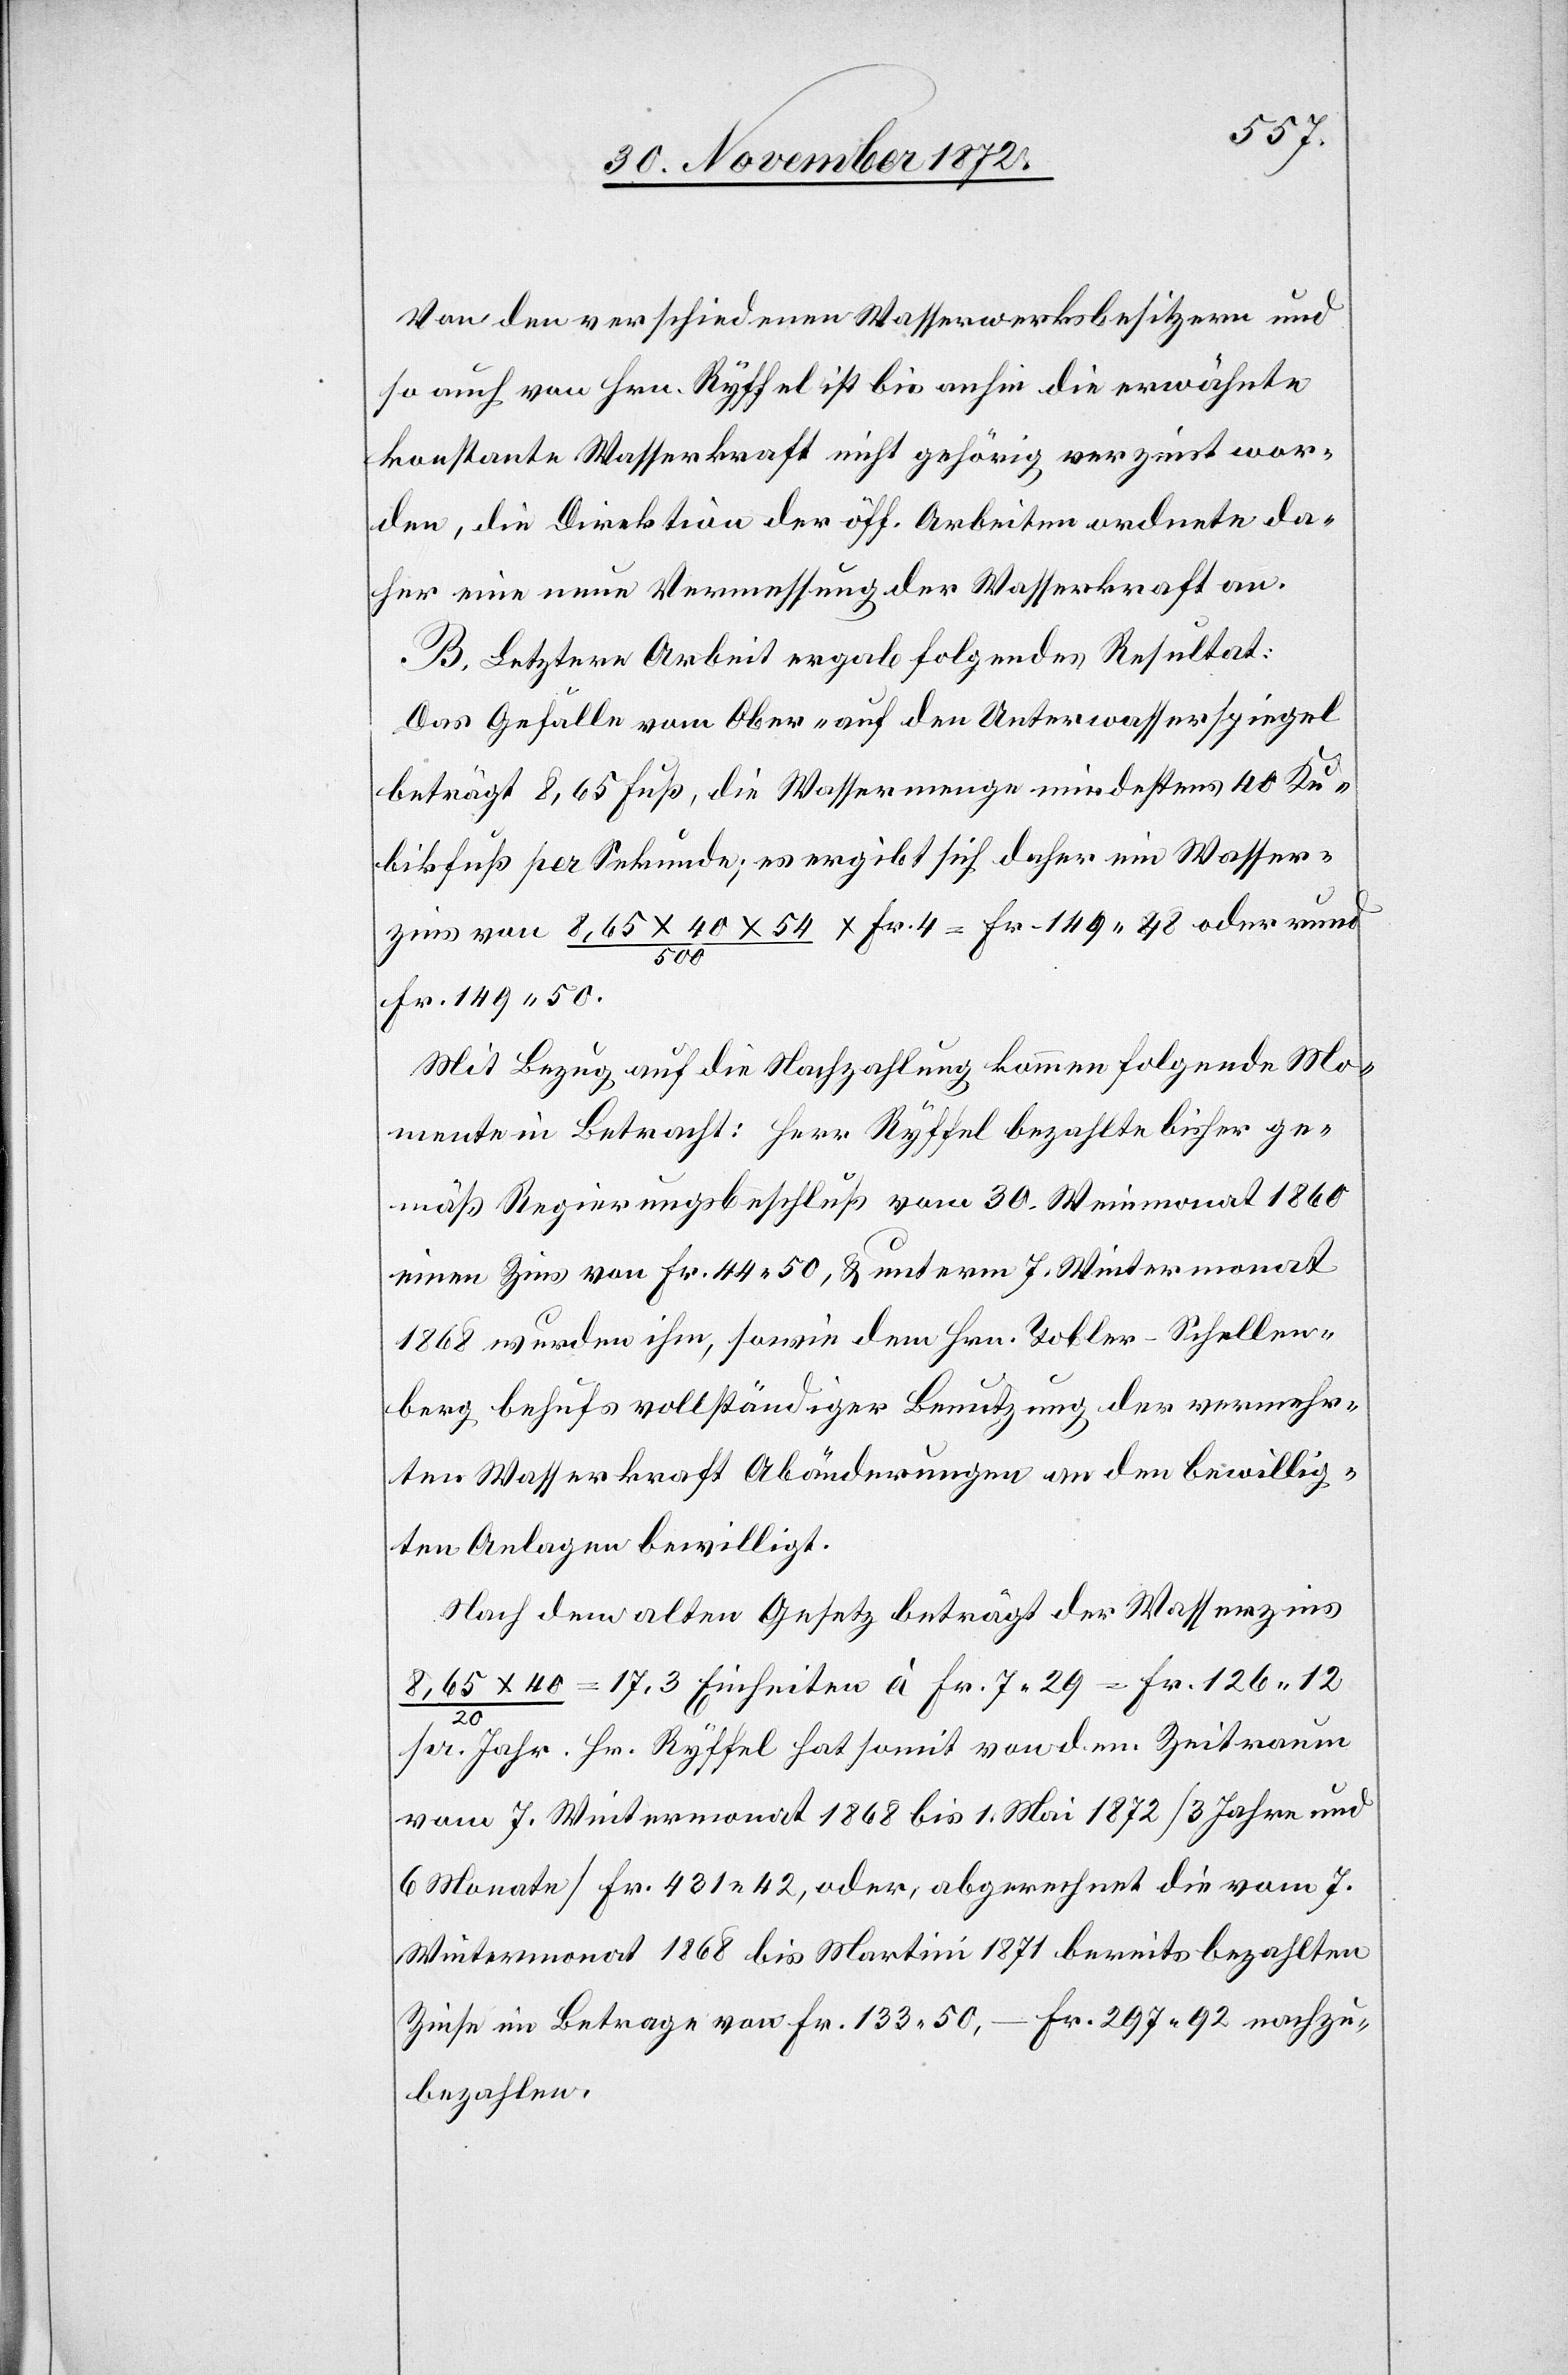
Von den verschiedenen Wasserwerksbesitzern und
so auch von Hrn. Ryffel ist bis anhin die erwähnte
konstante Wasserkraft nicht gehörig verzinst wor¬
den, die Direktion der öff. Arbeiten ordnete da¬
her eine neue Vermessung der Wasserkraft an.
B. Letztere Arbeit ergab folgendes Resultat:
Das Gefälle vom Ober- auf den Unterwasserspiegel
beträgt 8,65 Fuß, die Wassermenge mindestens 40 Ku¬
bikfuß per Sekunde; es ergibt sich daher ein Wasser¬
zins von 8,65 x 40 x 54 / 500 x Fr. 4 = Fr. 149 48 oder rund
Fr. 149 50.
Mit Bezug auf die Nachzahlung kommen folgende Mo¬
mente in Betracht: Herr Ryffel bezahlte bisher ge¬
mäß Regierungsbeschluß vom 30. Weinmonat 1860
einen Zins von Fr. 44 50, u. unterm 7. Wintermonat
1868 wurden ihm, sowie dem Hrn. Tobler-Schellen¬
berg behufs vollständiger Benutzung der vermehr¬
ten Wasserkraft Abänderungen an den bewillig¬
ten Anlagen bewilligt.
Nach dem alten Gesetz beträgt der Wasserzins
8,65 x 40 / 20 = 17,3 Einheiten à Fr. 7 29 = Fr. 126 12
Jahr. Hr. Ryffel hat somit von dem Zeitraum
pr.
vom 7. Wintermonat 1868 bis 1. Mai 1872 [3 Jahre und
6 Monate] Fr. 431 42, oder, abgerechnet die vom 7.
Wintermonat 1868 bis Martini 1871 bereits bezahlten
Zinse im Betrage von Fr. 133 50, – Fr. 297 92 nachzu¬
bezahlen.